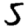
Digit: 5